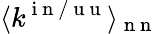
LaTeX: \langle k^{\mathrm{~i~n~/~u~u~}}\rangle_{\mathrm{~n~n~}}